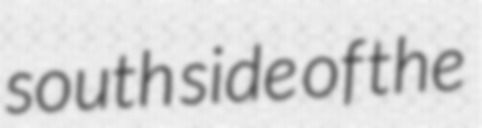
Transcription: south side of the